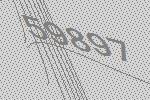
59897